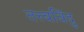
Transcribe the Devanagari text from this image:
तत्त्वविंदु